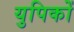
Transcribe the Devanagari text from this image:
युपिकों